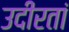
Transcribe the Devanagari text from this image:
उदीरतां